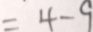
= 4 - 9